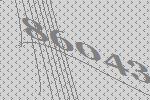
86043